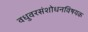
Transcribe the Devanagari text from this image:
वधुवरसंशोधनविषयक